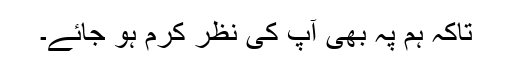
تاکہ ہم پہ بھی آپ کی نظر کرم ہو جائے۔